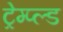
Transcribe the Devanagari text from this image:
ट्रेम्प्ल्ड